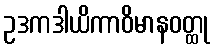
ဥဒကဒါယိကာဝိမာနဝတ္ထု